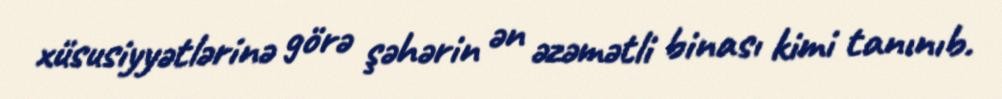
xüsusiyyətlərinə görə şəhərin ən əzəmətli binası kimi tanınıb.